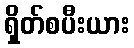
ရှိတ်စပီးယား